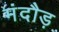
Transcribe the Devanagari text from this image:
मंदौड़